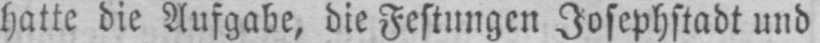
hatte die Aufgabe, die Festungen Josephstadt und